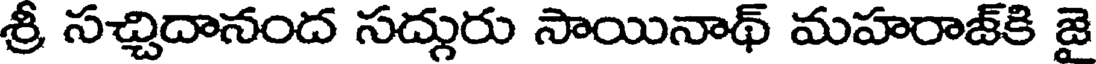
శ్రీ సచ్చిదానంద సద్గురు సాయినాథ్ మహరాజ్కి జై